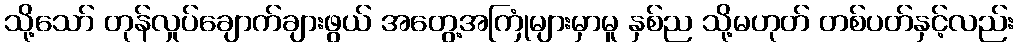
သို့သော် တုန်လှုပ်ချောက်ချားဖွယ် အတွေ့အကြုံများမှာမူ နှစ်ည သို့မဟုတ် တစ်ပတ်နှင့်လည်း